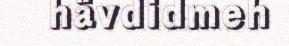
hävdidmeh